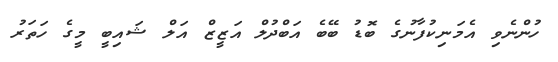
ހުންނެވި އެމަނިކުފާނުގެ ބޮޑު ބޭބެ އަބްދުލް އަޒީޒް އަލް ޝައިބީ މީގެ ހަތަރު